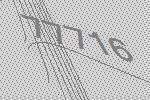
77716